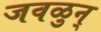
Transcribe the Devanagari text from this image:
जवळुन्